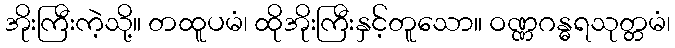
အိုးကြီးကဲ့သို့။ တထူပမံ၊ ထိုအိုးကြီးနှင့်တူသော။ ဝဏ္ဏဂန္ဓရသုတ္တမံ၊